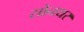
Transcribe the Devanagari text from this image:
सोनथर